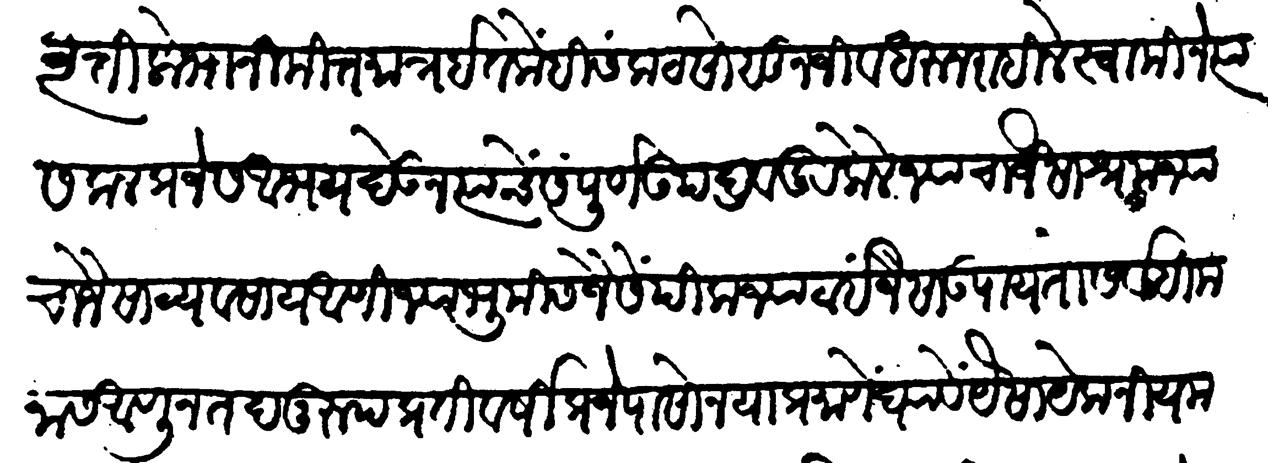
Transliteration (Devanagari): वृत्तिलोभानिमित्त मात्र इतकेंहि संकट सोसून जीव धरून राहिले स्वामीने त्या सकल प्रजेस आभय देऊन त्यांचे संपूर्ण उपद्रव दूर केले ज्याचा जैसा श्रम ज्याचा जैसा व्यवसाय आणि ज्या भूमीस जैसें पीक ज्या ठाई जैसा उपाय तो सर्वहि मनास आणून तदनुरुप प्रतिवर्षी प्रजेपासोन याप्रमाणे घ्यावें यैसा येक नियम